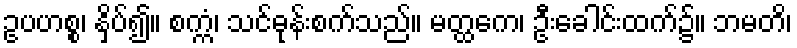
ဥပဟစ္စ၊ နှိပ်၍။ စက္ကံ၊ သင်ဓုန်းစက်သည်။ မတ္ထကေ၊ ဦးခေါင်းထက်၌။ ဘမတိ၊